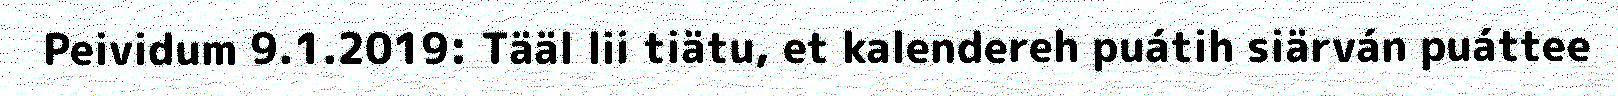
Peividum 9.1.2019: Tääl lii tiätu, et kalendereh puátih siärván puáttee